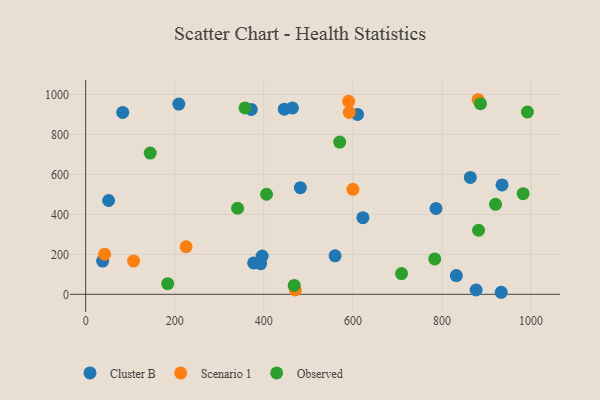
{"axis": {"x": "Ad Spend", "y": "Exam Score"}, "legend": ["Cluster B", "Observed", "Scenario 1"], "data": [{"x": "863.7", "y": 584.5, "type": "Cluster B"}, {"x": "371.8", "y": 924.9, "type": "Cluster B"}, {"x": "560.0", "y": 192.5, "type": "Cluster B"}, {"x": "464.3", "y": 932.1, "type": "Cluster B"}, {"x": "396.3", "y": 191.2, "type": "Cluster B"}, {"x": "876.7", "y": 21.5, "type": "Cluster B"}, {"x": "392.9", "y": 153.4, "type": "Cluster B"}, {"x": "622.5", "y": 383.2, "type": "Cluster B"}, {"x": "38.1", "y": 166.2, "type": "Cluster B"}, {"x": "786.6", "y": 429.3, "type": "Cluster B"}, {"x": "482.1", "y": 533.6, "type": "Cluster B"}, {"x": "610.5", "y": 899.8, "type": "Cluster B"}, {"x": "832.3", "y": 93.9, "type": "Cluster B"}, {"x": "934.9", "y": 547.3, "type": "Cluster B"}, {"x": "83.2", "y": 909.8, "type": "Cluster B"}, {"x": "377.2", "y": 156.9, "type": "Cluster B"}, {"x": "933.1", "y": 10.2, "type": "Cluster B"}, {"x": "51.6", "y": 469.2, "type": "Cluster B"}, {"x": "446.1", "y": 926.0, "type": "Cluster B"}, {"x": "209.2", "y": 951.5, "type": "Cluster B"}, {"x": "107.6", "y": 166.3, "type": "Scenario 1"}, {"x": "591.9", "y": 909.8, "type": "Scenario 1"}, {"x": "600.2", "y": 524.9, "type": "Scenario 1"}, {"x": "590.5", "y": 965.5, "type": "Scenario 1"}, {"x": "470.7", "y": 21.6, "type": "Scenario 1"}, {"x": "225.6", "y": 237.8, "type": "Scenario 1"}, {"x": "881.2", "y": 973.3, "type": "Scenario 1"}, {"x": "42.4", "y": 200.3, "type": "Scenario 1"}, {"x": "783.8", "y": 177.2, "type": "Observed"}, {"x": "920.3", "y": 450.2, "type": "Observed"}, {"x": "144.9", "y": 706.4, "type": "Observed"}, {"x": "184.2", "y": 53.0, "type": "Observed"}, {"x": "341.1", "y": 430.6, "type": "Observed"}, {"x": "882.2", "y": 320.5, "type": "Observed"}, {"x": "886.5", "y": 953.7, "type": "Observed"}, {"x": "982.3", "y": 503.5, "type": "Observed"}, {"x": "991.8", "y": 911.8, "type": "Observed"}, {"x": "406.1", "y": 500.5, "type": "Observed"}, {"x": "357.8", "y": 932.3, "type": "Observed"}, {"x": "468.2", "y": 44.3, "type": "Observed"}, {"x": "709.2", "y": 103.5, "type": "Observed"}, {"x": "570.4", "y": 761.5, "type": "Observed"}]}